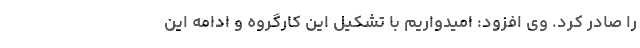
را صادر کرد. وی افزود:‌ امیدواریم با تشکیل این کارگروه و ادامه این